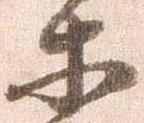
等